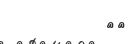
٦٨